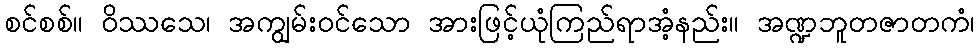
စင်စစ်။ ဝိဿသေ၊ အကျွမ်းဝင်သော အားဖြင့်ယုံကြည်ရာအံ့နည်း။ အဏ္ဍဘူတဇာတကံ၊